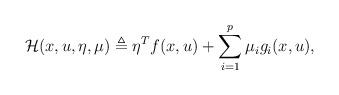
LaTeX: \begin{align*}\mathcal{H}(x,u,\eta,\mu) \triangleq \eta^Tf(x,u) + \sum_{i = 1}^p \mu_i g_i(x,u),\end{align*}